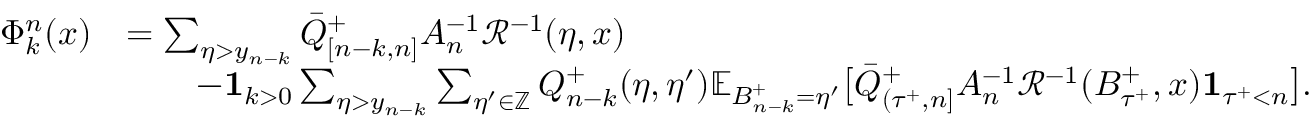
\begin{array} { r l } { \Phi _ { k } ^ { n } ( x ) } & { = \sum _ { \eta > y _ { n - k } } \bar { Q } _ { [ n - k , n ] } ^ { + } A _ { n } ^ { - 1 } \mathcal { R } ^ { - 1 } ( \eta , x ) } \\ & { \qquad - \mathbf { 1 } _ { k > 0 } \sum _ { \eta > y _ { n - k } } \sum _ { \eta ^ { \prime } \in \mathbb { Z } } Q _ { n - k } ^ { + } ( \eta , \eta ^ { \prime } ) \mathbb { E } _ { B _ { n - k } ^ { + } = \eta ^ { \prime } } \bigl [ \bar { Q } _ { ( { \tau ^ { + } } , n ] } ^ { + } A _ { n } ^ { - 1 } \mathcal { R } ^ { - 1 } ( B _ { { \tau ^ { + } } } ^ { + } , x ) \mathbf { 1 } _ { { \tau ^ { + } } < n } \bigr ] . } \end{array}